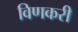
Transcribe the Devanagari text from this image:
विणकरी